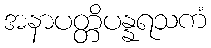
အနာပတ္တိပန္နရသကံ